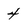
Character: 4